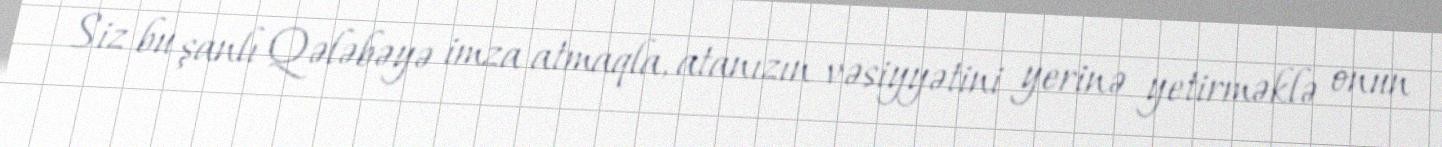
Siz bu şanlı Qələbəyə imza atmaqla, atanızın vəsiyyətini yerinə yetirməklə onun